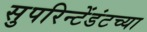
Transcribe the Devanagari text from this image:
सुपरिन्टेंडंटच्या